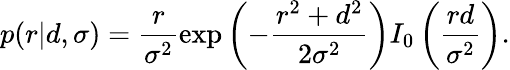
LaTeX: p(r|d,\sigma)=\frac{r}{\sigma^{2}}\exp\left(-\frac{r^{2}+d^{2}}{2\sigma^{2}}\right)I_{0}\left(\frac{rd}{\sigma^{2}}\right).